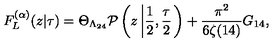
F _ { L } ^ { ( \alpha ) } ( z | \tau ) = \Theta _ { \Lambda _ { 2 4 } } { \cal P } \left( z \left| \frac { 1 } { 2 } , \frac { \tau } { 2 } \right. \right) + \frac { \pi ^ { 2 } } { 6 \zeta ( 1 4 ) } G _ { 1 4 } ,